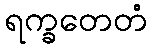
ရက္ခတေတံ